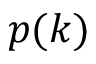
p ( k )